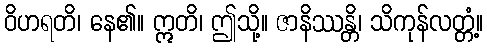
ဝိဟရတိ၊ နေ၏။ ဣတိ၊ ဤသို့။ ဇာနိဿန္တိ၊ သိကုန်လတ္တံ့။